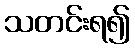
သတင်းရ၍